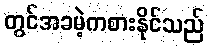
တွင်အခမဲ့ကစားနိုင်သည်